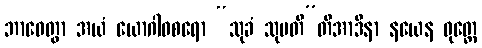
ဘာဝေတွာ အယံ ယောဂါဝစရော “သုခံ သုပတီ”တိအာဒိနာ နယေန ဝုတ္တေ